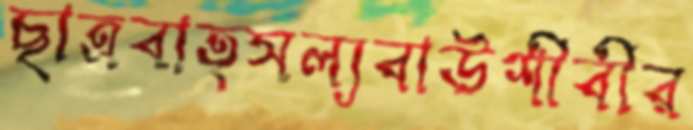
ছাত্রবাত্সল্যবাউশীবীর